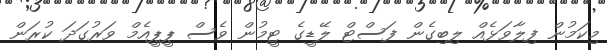
މިކަމުން ފިލާވަޅެއް ލިބިގެން ފަސްޓް ލޭޑީގެ ޓީމުން ވެސް ޕީޕީއެމް ވަރުގަދަ ކުރަން